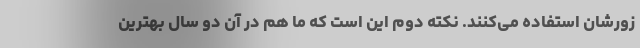
زورشان استفاده می‌کنند. نکته دوم این است که ما هم در آن دو سال بهترین